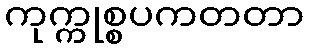
ကုက္ကုစ္စပကတတာ